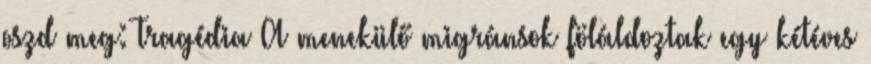
oszd meg: Tragédia A menekülő migránsok föláldoztak egy kétéves